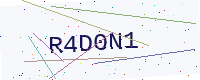
Text: R4D0N1